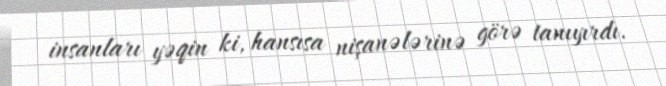
insanları yəqin ki, hansısa nişanələrinə görə tanıyırdı.